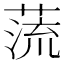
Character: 蓅